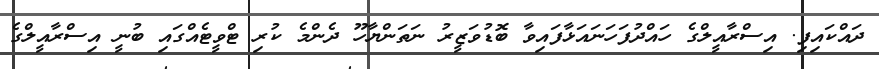
ދައްކައިފި. އިސްރާއީލްގެ ހައްދުފަހަނައަޅާފައިވާ ބޮޑުވަޒީރު ނަތަންޔާހޫ ދެންމެ ކުރި ޓްވީޓެއްގައި ބުނީ އިސްރާއީލްގެ